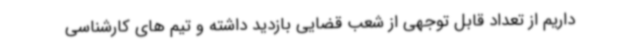
داریم از تعداد قابل توجهی از شعب قضایی بازدید داشته و تیم های کارشناسی